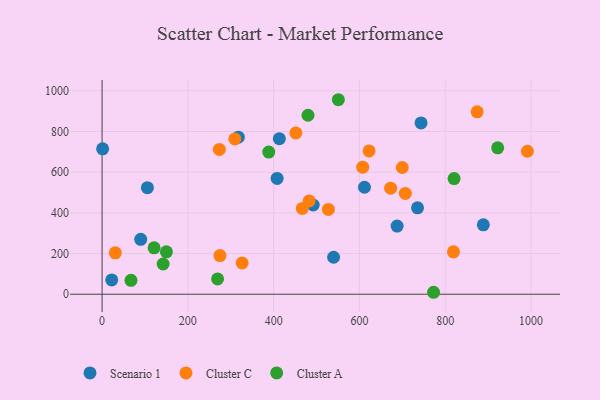
{"axis": {"x": "Price", "y": "Salary"}, "legend": ["Cluster A", "Cluster C", "Scenario 1"], "data": [{"x": "735.5", "y": 424.7, "type": "Scenario 1"}, {"x": "105.7", "y": 523.6, "type": "Scenario 1"}, {"x": "22.5", "y": 70.3, "type": "Scenario 1"}, {"x": "90.1", "y": 270.0, "type": "Scenario 1"}, {"x": "687.9", "y": 335.1, "type": "Scenario 1"}, {"x": "317.7", "y": 771.8, "type": "Scenario 1"}, {"x": "408.1", "y": 569.0, "type": "Scenario 1"}, {"x": "611.8", "y": 525.8, "type": "Scenario 1"}, {"x": "539.8", "y": 181.8, "type": "Scenario 1"}, {"x": "743.7", "y": 842.3, "type": "Scenario 1"}, {"x": "1.3", "y": 714.9, "type": "Scenario 1"}, {"x": "413.3", "y": 764.6, "type": "Scenario 1"}, {"x": "492.3", "y": 438.7, "type": "Scenario 1"}, {"x": "888.9", "y": 341.3, "type": "Scenario 1"}, {"x": "672.8", "y": 521.5, "type": "Cluster C"}, {"x": "707.0", "y": 495.6, "type": "Cluster C"}, {"x": "482.7", "y": 458.6, "type": "Cluster C"}, {"x": "309.5", "y": 763.5, "type": "Cluster C"}, {"x": "874.5", "y": 896.5, "type": "Cluster C"}, {"x": "326.5", "y": 153.5, "type": "Cluster C"}, {"x": "466.8", "y": 421.6, "type": "Cluster C"}, {"x": "451.8", "y": 792.7, "type": "Cluster C"}, {"x": "699.9", "y": 623.0, "type": "Cluster C"}, {"x": "607.7", "y": 624.4, "type": "Cluster C"}, {"x": "273.5", "y": 711.6, "type": "Cluster C"}, {"x": "274.8", "y": 190.2, "type": "Cluster C"}, {"x": "527.7", "y": 416.7, "type": "Cluster C"}, {"x": "819.3", "y": 208.3, "type": "Cluster C"}, {"x": "30.9", "y": 203.4, "type": "Cluster C"}, {"x": "991.6", "y": 702.8, "type": "Cluster C"}, {"x": "622.5", "y": 704.5, "type": "Cluster C"}, {"x": "772.9", "y": 9.6, "type": "Cluster A"}, {"x": "820.7", "y": 568.3, "type": "Cluster A"}, {"x": "67.4", "y": 68.2, "type": "Cluster A"}, {"x": "121.3", "y": 228.2, "type": "Cluster A"}, {"x": "142.4", "y": 148.5, "type": "Cluster A"}, {"x": "269.3", "y": 75.1, "type": "Cluster A"}, {"x": "480.1", "y": 879.9, "type": "Cluster A"}, {"x": "150.0", "y": 208.5, "type": "Cluster A"}, {"x": "388.6", "y": 698.8, "type": "Cluster A"}, {"x": "922.4", "y": 719.8, "type": "Cluster A"}, {"x": "550.9", "y": 956.1, "type": "Cluster A"}]}